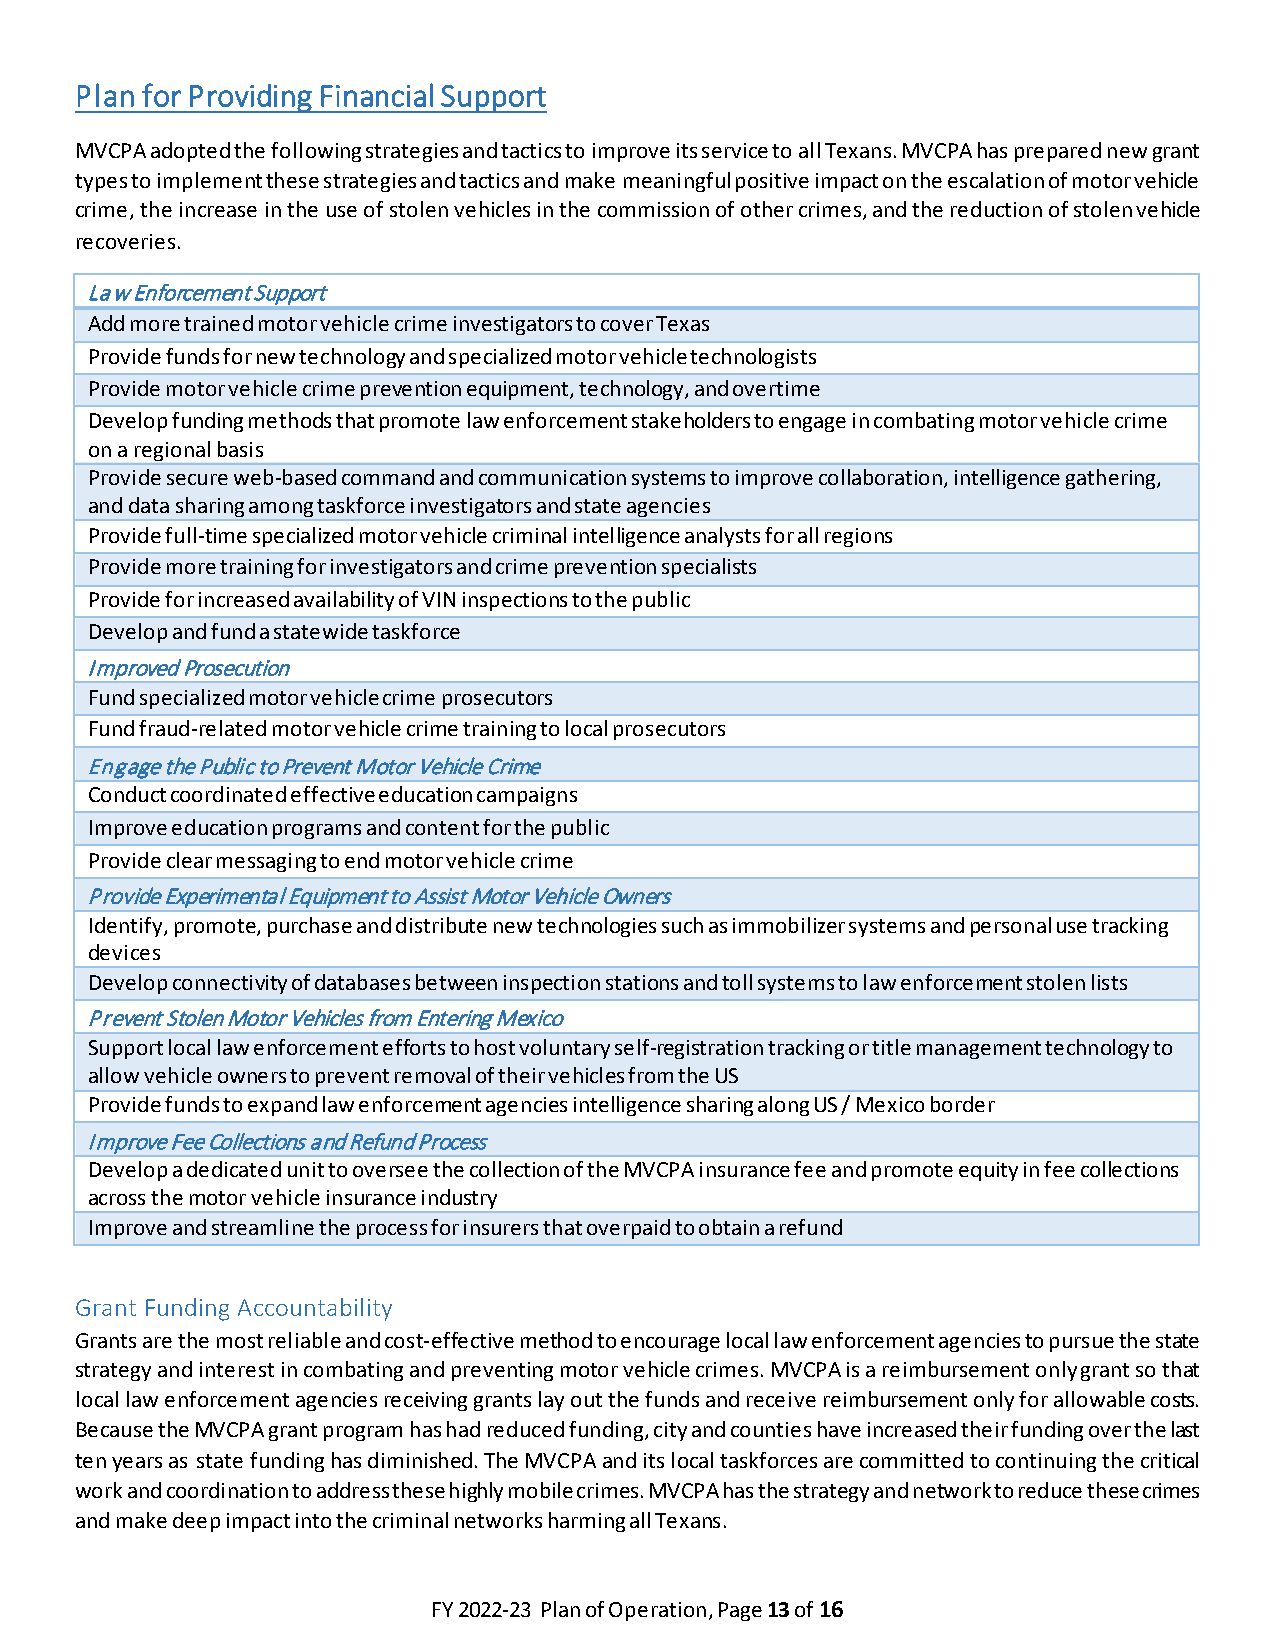
Plan for Providing Financial Support
 MVCPA adopted the following strategies and tactics to improve its service to all Texans. MVCPA has prepared new grant
 types to implement these strategies and tactics and make meaningful positive impact on the escalation of motor vehicle
 crime, the increase in the use of stolen vehicles in the commission of other crimes, and the reduction of stolen vehicle
 recoveries.
 Law Enforcement Support
 Add more trained motor vehicle crime investigators to cover Texas
 Provide funds for new technology and specialized motor vehicle technologists
 Provide motor vehicle crime prevention equipment, technology, and overtime
 Develop funding methods that promote law enforcement stakeholders to engage in combating motor vehicle crime
 on a regional basis
 Provide secure web-based command and communication systems to improve collaboration, intelligence gathering,
 and data sharing among taskforce investigators and state agencies
 Provide full-time specialized motor vehicle criminal intelligence analysts for all regions
 Provide more training for investigators and crime prevention specialists
 Provide for increased availability of VIN inspections to the public
 Develop and fund a statewide taskforce
 Improved Prosecution
 Fund specialized motor vehicle crime prosecutors
 Fund fraud-related motor vehicle crime training to local prosecutors
 Engage the Public to Prevent Motor Vehicle Crime
 Conduct coordinated effective education campaigns
 Improve education programs and content for the public
 Provide clear messaging to end motor vehicle crime
 Provide Experimental Equipment to Assist Motor Vehicle Owners
 Identify, promote, purchase and distribute new technologies such as immobilizer systems and personal use tracking
 devices
 Develop connectivity of databases between inspection stations and toll systems to law enforcement stolen lists
 Prevent Stolen Motor Vehicles from Entering Mexico
 Support local law enforcement efforts to host voluntary self-registration tracking or title management technology to
 allow vehicle owners to prevent removal of their vehicles from the US
 Provide funds to expand law enforcement agencies intelligence sharing along US / Mexico border
 Improve Fee Collections and Refund Process
 Develop a dedicated unit to oversee the collection of the MVCPA insurance fee and promote equity in fee collections
 across the motor vehicle insurance industry
 Improve and streamline the process for insurers that overpaid to obtain a refund
 Grant Funding Accountability
 Grants are the most reliable and cost-effective method to encourage local law enforcement agencies to pursue the state
 strategy and interest in combating and preventing motor vehicle crimes. MVCPA is a reimbursement only grant so that
 local law enforcement agencies receiving grants lay out the funds and receive reimbursement only for allowable costs.
 Because the MVCPA grant program has had reduced funding, city and counties have increased their funding over the last
 ten years as state funding has diminished. The MVCPA and its local taskforces are committed to continuing the critical
 work and coordination to address these highly mobile crimes. MVCPA has the strategy and network to reduce these crimes
 and make deep impact into the criminal networks harming all Texans.
 FY 2022-23 Plan of Operation, Page 13 of 16